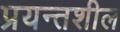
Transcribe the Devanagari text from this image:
प्रयन्तशील